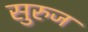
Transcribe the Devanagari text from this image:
सुरुज